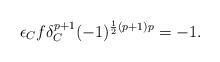
LaTeX: \begin{align*}\epsilon_{C}f\delta_{C}^{p+1}(-1)^{\frac 12(p+1)p} = -1.\end{align*}